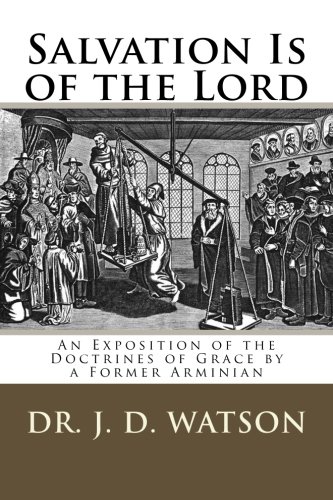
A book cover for Salvation Is of the Lord: An Exposition of  the Doctrines of Grace by a Former Arminian; Dr. J. D. Watson; Christian Books & Bibles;